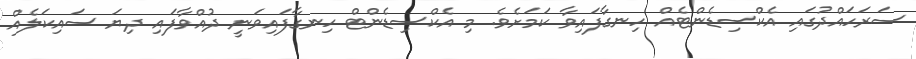
ސަރަހައްދުގައި އެކްސިޑެންޓެއް ހިނގާފައިވާ ކަމަށެވެ. މި އެކްސިޑެންޓް ހިނގާފައިވަނީ ދުއްވާފައި ދިޔަ ސައިކަލެއް